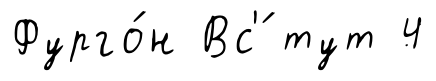
Фурго́н Вс'́ тут 4